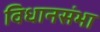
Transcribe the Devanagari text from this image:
विधानसंभा